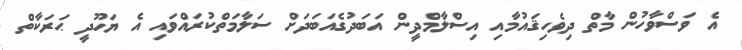
އެ ވަސްވާހުން މާތް ދިވެހިޤައުމާއި އިސްލާމްދީން އަބަދުގެއަބަދަށް ސަލާމަތްކުރައްވައި އެ ޔަހޫދީ ޙަރަކާތް